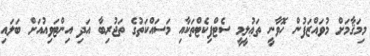
މިމަޤާމަށް މުވައްްޒަފުން ހޮވާނީ ތަޢުލީމީ ސެޓްފިކެޓްތަކާއި މަސައްކަތުގެ ތަޖުރިބާ އަދި އިންޓަވިއުއަށް ބަލައިި